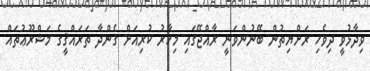
ވިދާޅުވީ ދިވެހި ރަށްޔިތުން ބޭނުންވަނީ ރާއްޖޭގައި މިހާރު ކުރިއަށް ގެންދާ ތަރައްޤީގެ މަޝްރޫޢުތައް